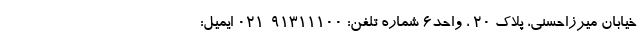
خیابان میرزاحسنی، پلاک ۲۰ ، واحد۶ شماره تلفن: ۹۱۳۱۱۱۰۰-۰۲۱ ایمیل: